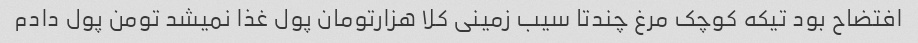
افتضاح بود تیکه کوچک مرغ چندتا سیب زمینی کلا هزارتومان پول غذا نمیشد تومن پول دادم